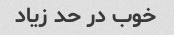
خوب در حد زیاد